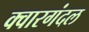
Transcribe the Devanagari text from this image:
क्वारगंदल